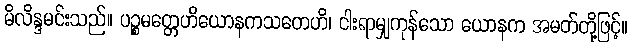
မိလိန္ဒမင်းသည်။ ပဉ္စမတ္တေဟိယောနကသတေဟိ၊ ငါးရာမျှကုန်သော ယောနက အမတ်တို့ဖြင့်။